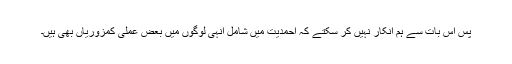
پس اس بات سے ہم انکار نہیں کر سکتے کہ احمدیت میں شامل انہی لوگوں میں بعض عملی کمزوریاں بھی ہیں۔